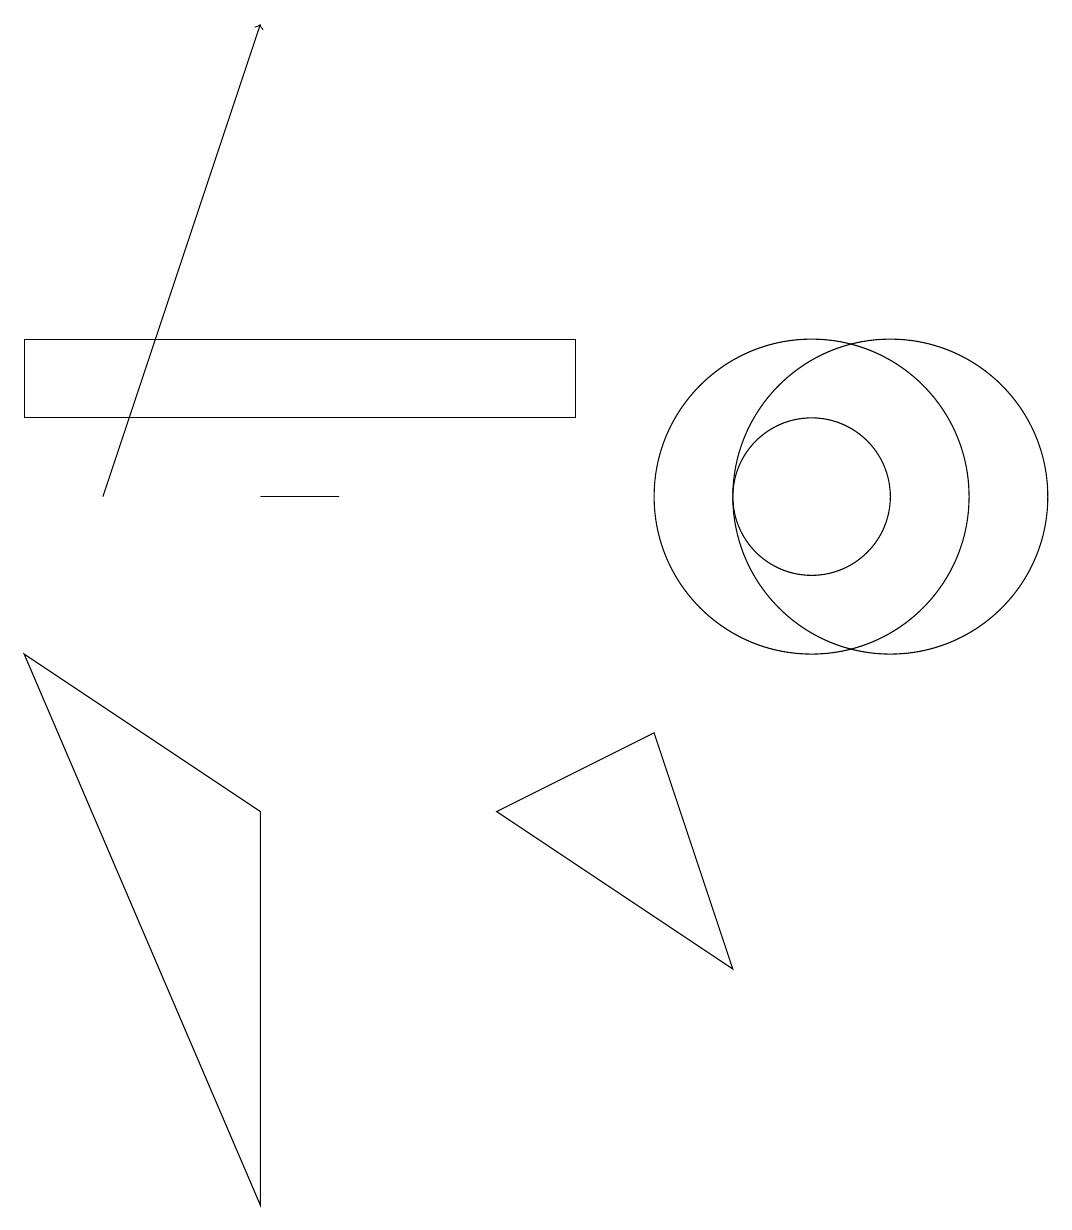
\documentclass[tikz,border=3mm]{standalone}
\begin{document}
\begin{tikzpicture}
\draw (10,10) circle (1);
\draw (11,10) circle (2);
\draw (9,4) -- (8,7) -- (6,6) -- cycle;
\draw (10,10) circle (2);
\draw (0,8) -- (3,6) -- (3,1) -- cycle;
\draw (4,10) rectangle (3,10);
\draw[->] (1,10) -- (3,16);
\draw (0,11) rectangle (7,12);
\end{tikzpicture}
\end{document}